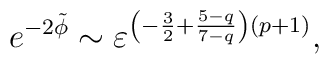
e^{-2\tilde{\phi}} \sim \varepsilon^{\left(-\frac{3}{2} + \frac{5-q}{7-q}\right)\left( p+1\right)},